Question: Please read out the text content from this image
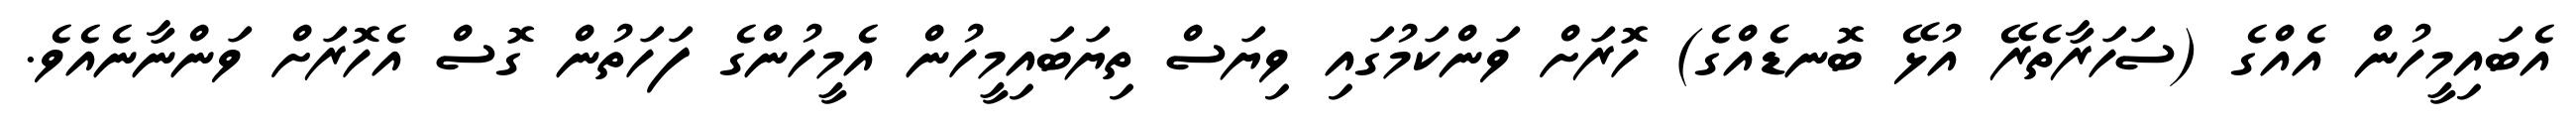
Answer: އެބައިމީހުން އެއްގެ (ސަހަރާތެރޭ އުޅޭ ބޮނޑެއްގެ) ހޮރަށް ވަންކަމުގައި ވިޔަސް ތިޔަބައިމީހުން އެމީހުންގެ ފަހަތުން ގޮސް އެހޮރަށް ވަންނާނެއެވެ.